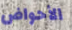
الأحواض